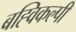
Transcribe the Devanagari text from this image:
बह्विकल्पी